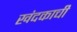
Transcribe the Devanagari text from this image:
खंदकाची